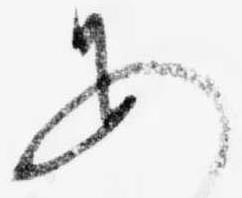
あ